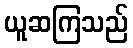
ယူဆကြသည်